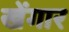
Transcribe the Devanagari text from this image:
खेंगार